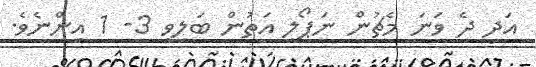
އަދި ދެ ވަނަ މެޗުން ނަޕޯލީ އަތުން ބަލިވީ 3- 1 އިންނެވެ.